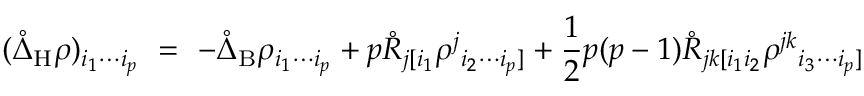
( \mathring { \Delta } _ { \mathrm { H } } \rho ) _ { i _ { 1 } \cdots i _ { p } } \ = \ - \mathring { \Delta } _ { \mathrm { B } } \rho _ { i _ { 1 } \cdots i _ { p } } + p \mathring { R } _ { j [ i _ { 1 } } \rho ^ { j } { } _ { i _ { 2 } \cdots i _ { p } ] } + \frac 1 2 p ( p - 1 ) \mathring { R } _ { j k [ i _ { 1 } i _ { 2 } } \rho ^ { j k } { } _ { i _ { 3 } \cdots i _ { p } ] }